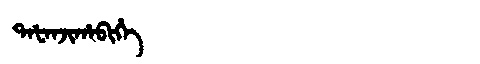
Manchu: ᡨᠠᡶᠠᠨᠵᡳᡥᠠᠪᡳᡥᡝ
Romanization: TAFANJIHABIHE